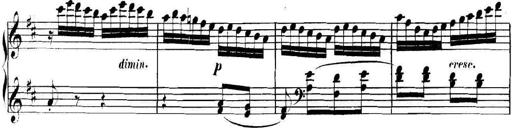
Title: Collected Piano Sonatas
Composer: Muzio Clementi